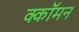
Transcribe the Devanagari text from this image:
क्कॉमन